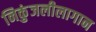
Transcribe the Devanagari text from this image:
निकुंजलीलागान